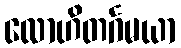
လောဟိတင်္ဂမယာ